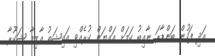
އަދި ފަހުން ބަންޑާރަ ނާއިބު ކަމަށް އައްޔަން ކުރެއްވި އައިޝަތު އާޒިމާ ޝަކޫރާ